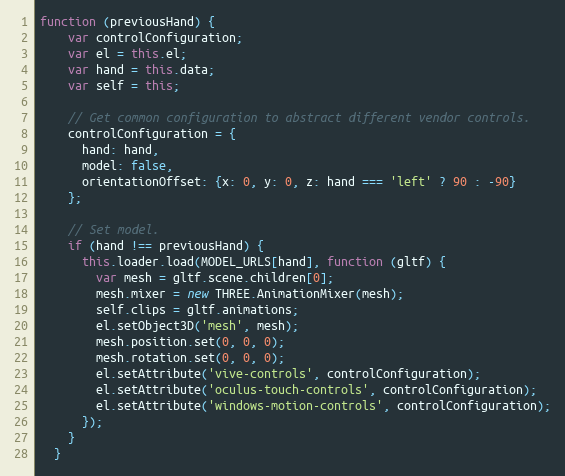
Language: JavaScript
function (previousHand) {
    var controlConfiguration;
    var el = this.el;
    var hand = this.data;
    var self = this;

    // Get common configuration to abstract different vendor controls.
    controlConfiguration = {
      hand: hand,
      model: false,
      orientationOffset: {x: 0, y: 0, z: hand === 'left' ? 90 : -90}
    };

    // Set model.
    if (hand !== previousHand) {
      this.loader.load(MODEL_URLS[hand], function (gltf) {
        var mesh = gltf.scene.children[0];
        mesh.mixer = new THREE.AnimationMixer(mesh);
        self.clips = gltf.animations;
        el.setObject3D('mesh', mesh);
        mesh.position.set(0, 0, 0);
        mesh.rotation.set(0, 0, 0);
        el.setAttribute('vive-controls', controlConfiguration);
        el.setAttribute('oculus-touch-controls', controlConfiguration);
        el.setAttribute('windows-motion-controls', controlConfiguration);
      });
    }
  }